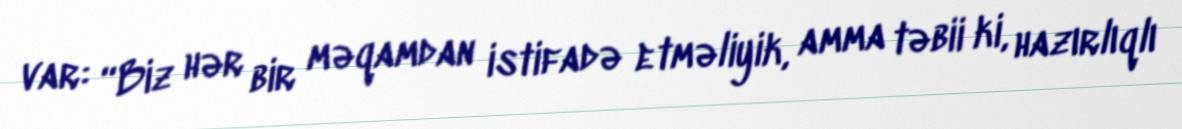
var: “Biz hər bir məqamdan istifadə etməliyik, amma təbii ki, hazırlıqlı